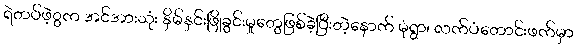
ရဲတပ်ဖဲ့ွက အင်အားသုံး နှိမ်နှင်းဖြိုခွင်းမှုတွေဖြစ်ခဲ့ပြီးတဲ့နောက် မုံရွာ၊ လက်ပံတောင်းဖက်မှာ